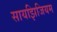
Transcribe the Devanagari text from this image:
सायझिजियम